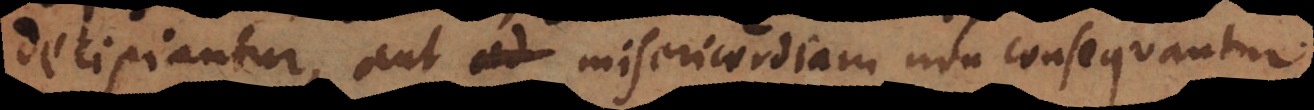
decipiantur, aut misericordiam non consequantur.